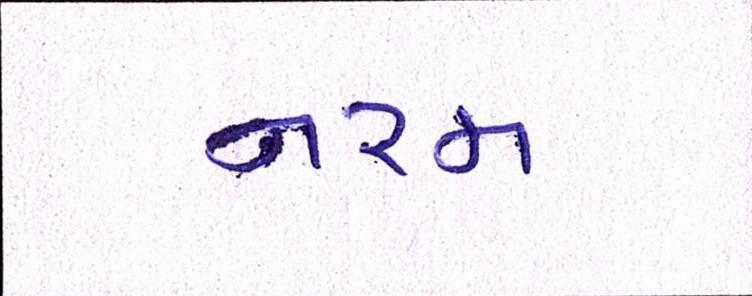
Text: નરમ